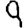
Digit: 9